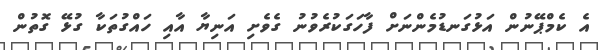
އެ ކެމްޕޭނުން އަޅުގަނޑުމެންނަށް ފާހަގަކުރެވުނު ގެވެށި އަނިޔާ އާއި ހައްގުތަކާ ގުޅޭ ގޮތުން